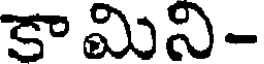
కా మిని-